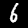
Digit: 6